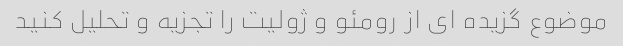
موضوع گزیده ای از رومئو و ژولیت را تجزیه و تحلیل کنید